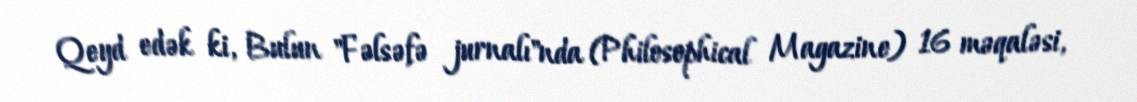
Qeyd edək ki, Bulun "Fəlsəfə jurnalı"nda (Philosophical Magazine) 16 məqaləsi,